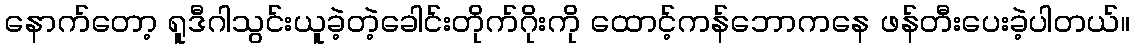
နောက်တော့ ရူဒီဂါသွင်းယူခဲ့တဲ့ခေါင်းတိုက်ဂိုးကို ထောင့်ကန်ဘောကနေ ဖန်တီးပေးခဲ့ပါတယ်။